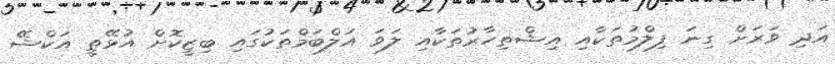
އަދި ވަރަށް ގިނަ ފިލްމުތަކާއި އިޝްތިހާރުތަކާއި ލަވަ އަލްބަމްތަކުގައި ބިޒީކޮށް އުޅޭތީ އަކްޝޭ